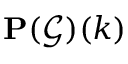
\mathbf { P } ( { \mathcal { G } } ) ( k )